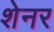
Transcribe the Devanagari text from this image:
शेनर